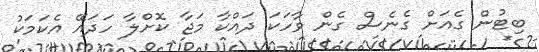
ބިޓުން ގެއަށް ގެނެސް ގެން ވާހަކަ ދައްކާ މަޖާ ކޮށްލާ ހަދަައޭ އެކަމަކު